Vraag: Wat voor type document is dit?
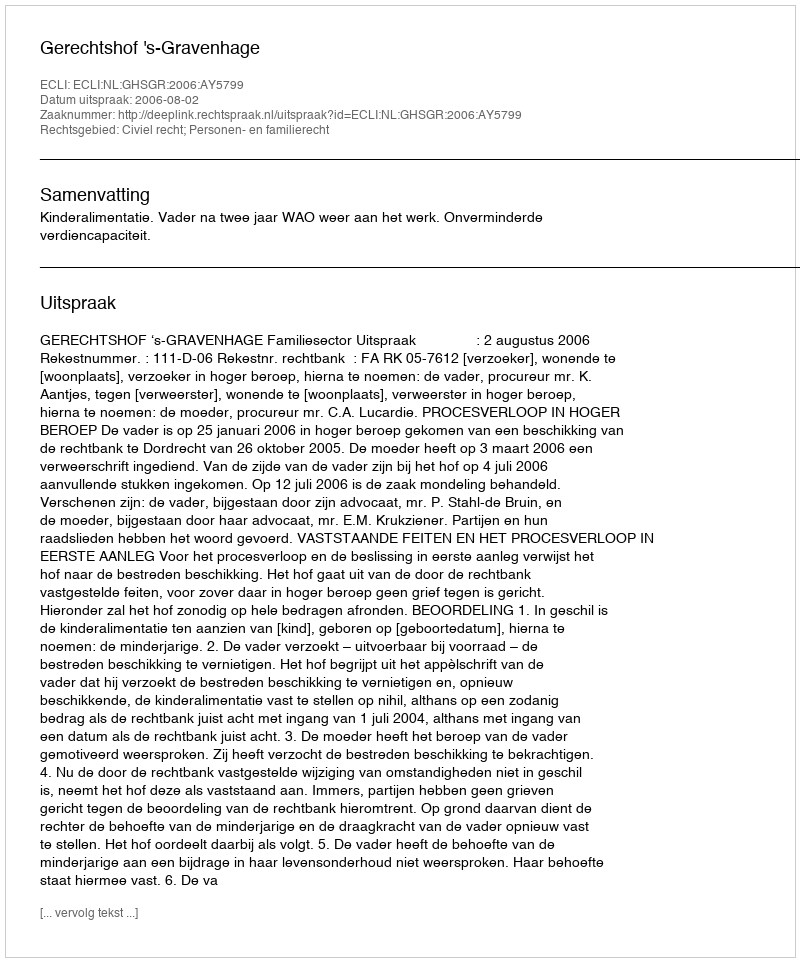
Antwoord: Uitspraak